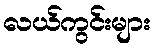
လယ်ကွင်းများ